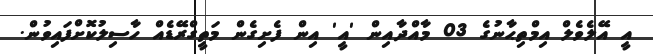
އީ އޭލެވެލް އިމްތިޙާނުގެ 03 މާއްދާއިން 'އީ' އިން ފެށިގެން މަތީގްރޭޑެއް ހާސިލުކޮށްފައިވުން.